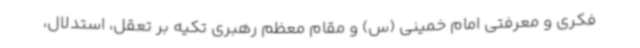
فکری و معرفتی امام خمینی (س) و مقام معظم رهبری تکیه بر تعقل، استدلال،